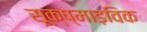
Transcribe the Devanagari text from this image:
सूक्ष्माड़विक